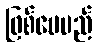
ဖြစ်ပေမည်